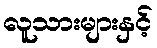
လူသားများနှင့်